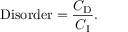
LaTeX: { \mathrm { D i s o r d e r } } = { \frac { C _ { \mathrm { D } } } { C _ { \mathrm { I } } } } .